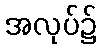
အလုပ်၌